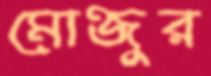
মোন্জুর